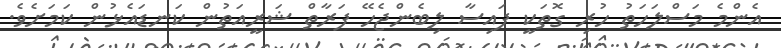
އެންމެ މަސްލަހަތު ހުރި ގޮތަކީ ފައިސާ ލިބެންޖެހޭ ފަރާތް ޝަރީއަތުން ކަނޑައެޅުން ކަމަށެވެ.